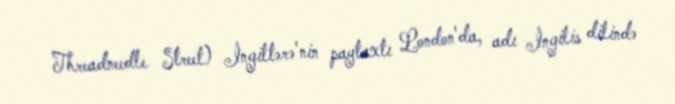
Threadneedle Street) İngiltərə'nin paytaxtı London'da, adı İngilis dilində